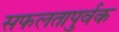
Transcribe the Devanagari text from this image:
सफलतापुर्वक